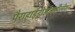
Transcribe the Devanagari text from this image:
पैराहाईड्रोऑक्सीलोशन